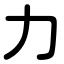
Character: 力